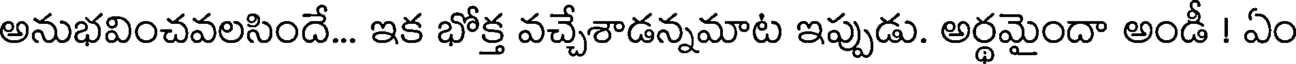
అనుభవించవలసిందే... ఇక భోక్త వచ్చేశాడన్నమాట ఇప్పుడు. అర్థమైందా అండీ ! ఏం